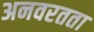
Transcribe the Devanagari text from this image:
अनवरतता